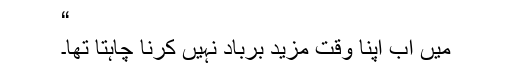
“
میں اب اپنا وقت مزید برباد نہیں کرنا چاہتا تھا۔